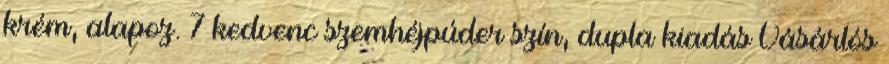
krém, alapoz. 7 kedvenc szemhéjpúder szín, dupla kiadás Vásárlós